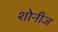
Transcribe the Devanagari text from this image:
शोनीज